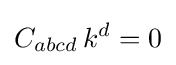
C_{abcd}\,k^{d}=0